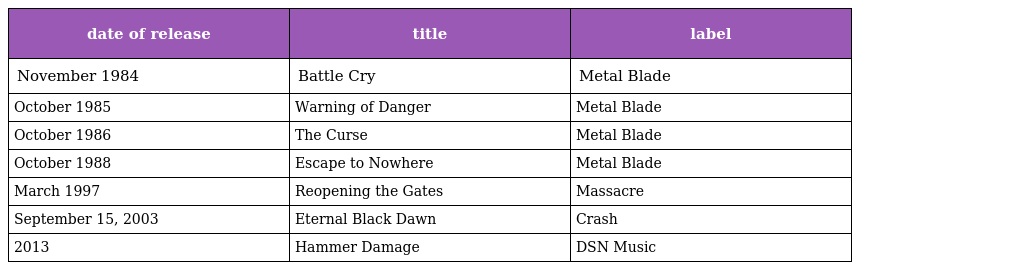
| date of release | title | label |
 | --- | --- | --- |
 | November 1984 | Battle Cry | Metal Blade |
 | October 1985 | Warning of Danger | Metal Blade |
 | October 1986 | The Curse | Metal Blade |
 | October 1988 | Escape to Nowhere | Metal Blade |
 | March 1997 | Reopening the Gates | Massacre |
 | September 15, 2003 | Eternal Black Dawn | Crash |
 | 2013 | Hammer Damage | DSN Music |